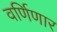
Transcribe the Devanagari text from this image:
वर्णिणार